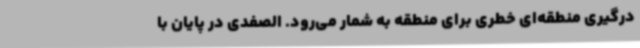
درگیری منطقه‌ای خطری برای منطقه به شمار می‌رود. الصفدی در پایان با